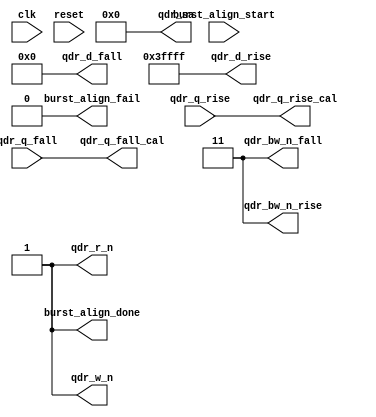
module qdrc_phy_burst_align(
    /* Misc signals */
    clk,
    reset,

    /* State control signals */
    burst_align_start,
    burst_align_done,
    burst_align_fail,

    /* External QDR signals  */
    qdr_d_rise,
    qdr_d_fall,
    qdr_q_rise,
    qdr_q_fall,
    qdr_bw_n_rise,
    qdr_bw_n_fall,
    qdr_w_n,
    qdr_r_n,
    qdr_sa,

    /* Bit aligned Datal */
    qdr_q_rise_cal,
    qdr_q_fall_cal 
  );
  parameter DATA_WIDTH   = 18;
  parameter BW_WIDTH     = 2;
  parameter ADDR_WIDTH   = 21;
  parameter CLK_FREQ     = 200;
  parameter BURST_LENGTH = 4;
  parameter BYPASS       = 1;

  input clk, reset;

  input  burst_align_start;
  output burst_align_done, burst_align_fail;

  output [DATA_WIDTH - 1:0] qdr_d_rise;
  output [DATA_WIDTH - 1:0] qdr_d_fall;
  input  [DATA_WIDTH - 1:0] qdr_q_rise;
  input  [DATA_WIDTH - 1:0] qdr_q_fall;
  output   [BW_WIDTH - 1:0] qdr_bw_n_rise;
  output   [BW_WIDTH - 1:0] qdr_bw_n_fall;
  output qdr_w_n;
  output qdr_r_n;
  output [ADDR_WIDTH - 1:0] qdr_sa;

  output [DATA_WIDTH - 1:0] qdr_q_rise_cal;
  output [DATA_WIDTH - 1:0] qdr_q_fall_cal; 

  localparam DEFAULT_LATENCY = 9;
  //up to this point the latency is 9
  //there is one additional cycle here

  function [DATA_WIDTH-1:0] bitwise_multiplex;
  input [DATA_WIDTH-1:0] in0;
  input [DATA_WIDTH-1:0] in1;
  input [DATA_WIDTH-1:0] sel;
  integer i;
    begin
      bitwise_multiplex[i] = {DATA_WIDTH{1'b0}};
      for (i=0; i < DATA_WIDTH; i = i+1) begin
        bitwise_multiplex[i] = sel[i] ? in1[i] : in0[i];
      end
    end
  endfunction
  
/**************** GENERATE BYPASS PHY ************************/
generate if (BYPASS == 1) begin :bypass_burst_align
/********************* BYPASS PHY ****************************/

  assign burst_align_done = 1'b1;
  assign burst_align_fail = 1'b0;

  assign qdr_d_rise       = {DATA_WIDTH{1'b1}};
  assign qdr_d_fall       = {DATA_WIDTH{1'b0}};

  assign qdr_bw_n_rise    = {BW_WIDTH{1'b1}};
  assign qdr_bw_n_fall    = {BW_WIDTH{1'b1}};

  assign qdr_w_n          = 1'b1;
  assign qdr_r_n          = 1'b1;

  assign qdr_sa           = {ADDR_WIDTH{1'b0}};

  assign qdr_q_rise_cal   = qdr_q_rise;
  assign qdr_q_fall_cal   = qdr_q_fall;

/************** GENERATE ELSE INCLUDE PHY ********************/
end else begin                  :include_burst_align
/******************** INCLUDE PHY ****************************/

  reg [1 + DEFAULT_LATENCY + 1:0] qdr_burst_state;

  reg [DATA_WIDTH - 1:0] offset; /* do we use the direct or delayed */

  always @(posedge clk) begin
    if (reset) begin
      qdr_burst_state <= {DATA_WIDTH{1'b0}};
    end else if (burst_align_start) begin
      qdr_burst_state[0] <= 1'b1;
    end else begin
      qdr_burst_state <= {qdr_burst_state[1 + DEFAULT_LATENCY:0], 1'b0};
    end
  end

  assign burst_align_fail = 1'b0;

  assign qdr_w_n          = !qdr_burst_state[0];
  assign qdr_d_rise       = {DATA_WIDTH{1'b0}};
  assign qdr_d_fall       = qdr_burst_state[1] ? {DATA_WIDTH{1'b1}} : {DATA_WIDTH{1'b0}};
  assign qdr_bw_n_rise    = {BW_WIDTH{1'b0}};
  assign qdr_bw_n_fall    = {BW_WIDTH{1'b0}};

  assign qdr_r_n          = !qdr_burst_state[1];

  assign qdr_sa           = {ADDR_WIDTH{1'b0}};

  reg [DATA_WIDTH - 1:0] qdr_q_rise_z;
  reg [DATA_WIDTH - 1:0] qdr_q_fall_z;

  always @(posedge clk) begin
    qdr_q_rise_z <= qdr_q_rise;
    qdr_q_fall_z <= qdr_q_fall;
  end

  assign qdr_q_rise_cal = bitwise_multiplex(qdr_q_rise_z, qdr_q_rise, offset);
  assign qdr_q_fall_cal = bitwise_multiplex(qdr_q_fall_z, qdr_q_fall, offset);
  /* if the data is delayed an extra cycle use the direct version otherwise
   * use the manually delayed version */

  always @(posedge clk) begin
    if (reset) begin
      offset <= {DATA_WIDTH{1'b1}};
    end else begin
      if (qdr_burst_state[1 + DEFAULT_LATENCY + 1]) begin
        offset <= ~qdr_q_fall; 
      end
    end
  end
    /* if the read-back fall data is low on the second word of the burst then
     * the data is offset (as we expect 1 back). 
     */

  reg burst_align_done_reg;
  always @(posedge clk) begin
    if (reset) begin
      burst_align_done_reg <= 1'b0;
    end else if (!burst_align_done_reg) begin
      burst_align_done_reg <= qdr_burst_state[1 + DEFAULT_LATENCY + 1];
    end
  end
  assign burst_align_done = burst_align_done_reg;

end endgenerate
/******************  END GENERATE ***************************/
endmodule